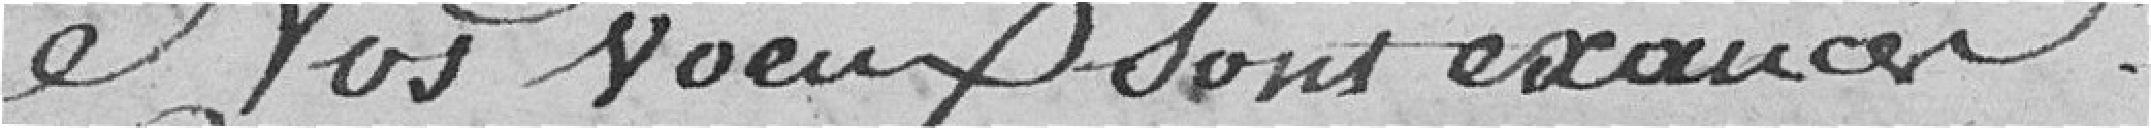
C'est au Roi-citoyen, c'est au monarque qui